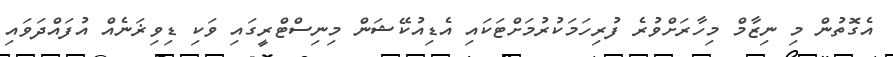
އެގޮތުން މި ނިޒާމް މިހާރަށްވުރެ ފުރިހަމަކުރުމަށްޓަކައި އެޑިއުކޭޝަން މިނިސްޓްރީގައި ވަކި ޑިވިޜަނެއް އުފައްދަވައި